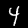
Label: 4